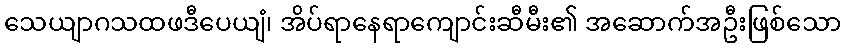
သေယျာဂသထဖဒီပေယျံ၊ အိပ်ရာနေရာကျောင်းဆီမီး၏ အဆောက်အဦးဖြစ်သော